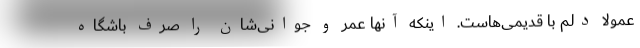
عمولاً دلم با قدیمی‌هاست. اینکه آنها عمر و جوانی‌شان را صرف باشگاه